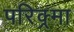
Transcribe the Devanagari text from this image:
परिक्र्मा